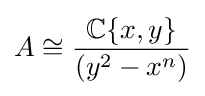
A\cong {\frac {\mathbb {C} \{x,y\}}{(y^{2}-x^{n})}}